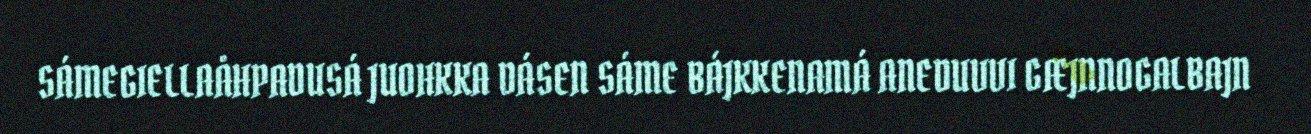
SÁMEGIELLAÅHPADUSÁ JUOHKKA DÁSEN SÁME BÁJKKENAMÁ ANEDUVVI GÆJNNOGALBAJN